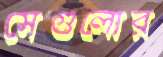
সেগুলোর